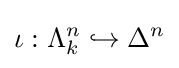
\iota :\Lambda _{k}^{n}\hookrightarrow \Delta ^{n}